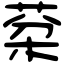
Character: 棻